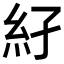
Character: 𥾌